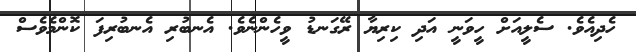
ހެދިއެވެ. ސެލީއަށް ހީވަނީ އަދި ކިރިޔާ ރޭގަނޑު ވީހެންނެވެ. އެނބުރި އެނބުރިފަ ކޮންމެވެސް